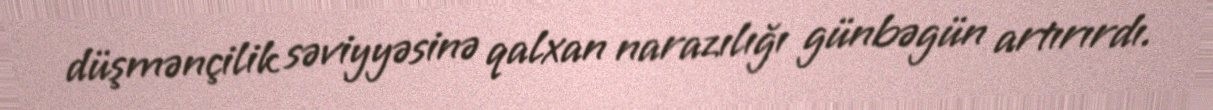
düşmənçilik səviyyəsinə qalxan narazılığı günbəgün artırırdı.